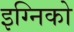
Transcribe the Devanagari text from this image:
इग्निको